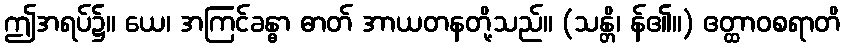
ဤအရပ်၌။ ယေ၊ အကြင်ခန္ဓာ ဓာတ် အာယတနတို့သည်။ (သန္တိ၊ န်၏။) ဧတ္ထာဝစရာတိ